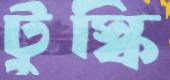
টুস্কি